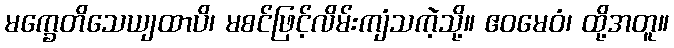
မက္ခေတိသေယျထာပိ၊ မစင်ဖြင့်လိမ်းကျံသကဲ့သို့။ ဧဝမေဝံ၊ ထို့အတူ။